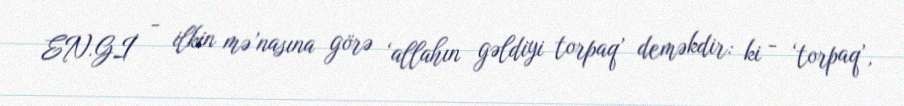
EN.Gİ - ilkin mə’nasına görə ‘allahın gəldiyi torpaq’ deməkdir: ki - ‘torpaq’,